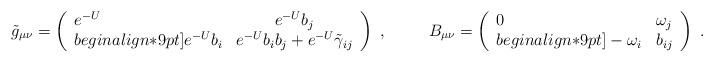
LaTeX: \begin{align*}\tilde{g}_{\mu\nu}=\left(\begin{array}{lc} e^{-U} & e^{-U}b_j \\begin{align*}9pt]e^{-U}b_i & e^{-U} b_i b_j + e^{-U}\tilde{\gamma}_{ij} \end{array}\right)\ ,\hspace{30pt}B_{\mu\nu}=\left(\begin{array}{lc} 0 & \omega_j\\begin{align*}9pt] -\omega_i & b_{ij} \end{array} \right) \ .\end{align*}